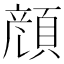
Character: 𩓲